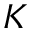
K